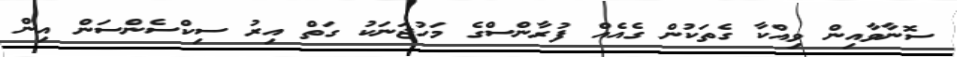
ސޮނާވާއިން ވިއްކާ ގެތަކުން ގެއެއް ފުރާންސްގެ މަހުޖަނަކު ގަތް އިރު ސިކްސެންސަން އިން